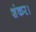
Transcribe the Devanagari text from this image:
शंकर।